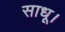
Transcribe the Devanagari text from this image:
साधू।